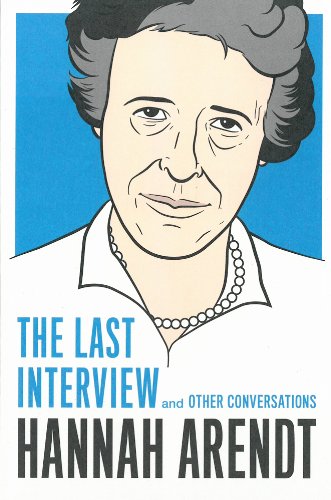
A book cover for Hannah Arendt: The Last Interview: And Other Conversations (The Last Interview Series); Hannah Arendt; Biographies & Memoirs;